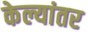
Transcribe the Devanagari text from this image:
केल्यांतर